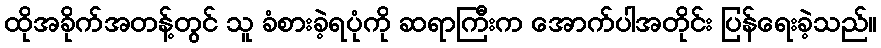
ထိုအခိုက်အတန့်တွင် သူ ခံစားခဲ့ရပုံကို ဆရာကြီးက အောက်ပါအတိုင်း ပြန်ရေးခဲ့သည်။